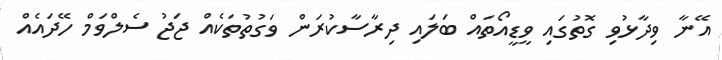
އޭނާ ވިދާޅުވި ގޮތުގައި ވީޑީއޯތައް ބަލައި ދިރާސާކުރަން ވަގުތުތަކެއް ޖަޖު ސެލްވަމް ހޭދައެއް